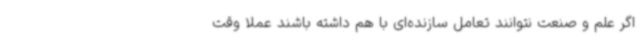
اگر علم و صنعت نتوانند تعامل سازنده‌ای با هم داشته باشند عملا وقت